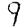
Digit: 9